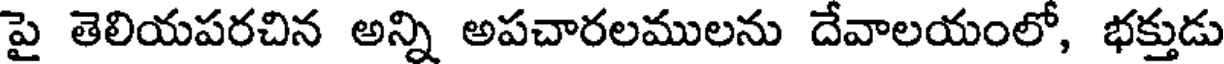
పై తెలియపరచిన అన్ని అపచారలములను దేవాలయంలో, భక్తుడు